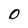
Character: 0